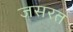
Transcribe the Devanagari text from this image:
जसरत